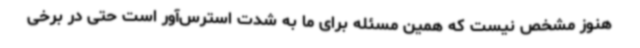
هنوز مشخص نیست که همین مسئله برای ما به شدت استرس‌آور است حتی در برخی